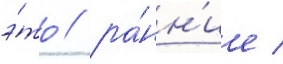
э́то / ра́нн'ие /